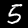
Label: 5